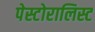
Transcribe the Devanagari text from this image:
पेस्टोरालिस्ट